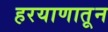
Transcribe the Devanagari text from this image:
हरयाणातून